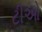
ટીઓ